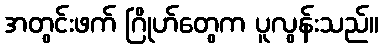
အတွင်းဖက် ဂြိုဟ်တွေက ပူလွန်းသည်။